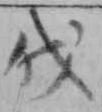
伐